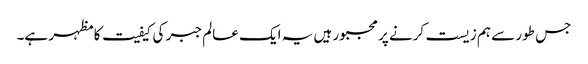
جس طور سے ہم زیست کرنے پر مجبور ہیں یہ ایک عالم جبر کی کیفیت کا مظہر ہے۔